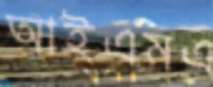
আইএমএ